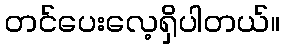
တင်ပေးလေ့ရှိပါတယ်။